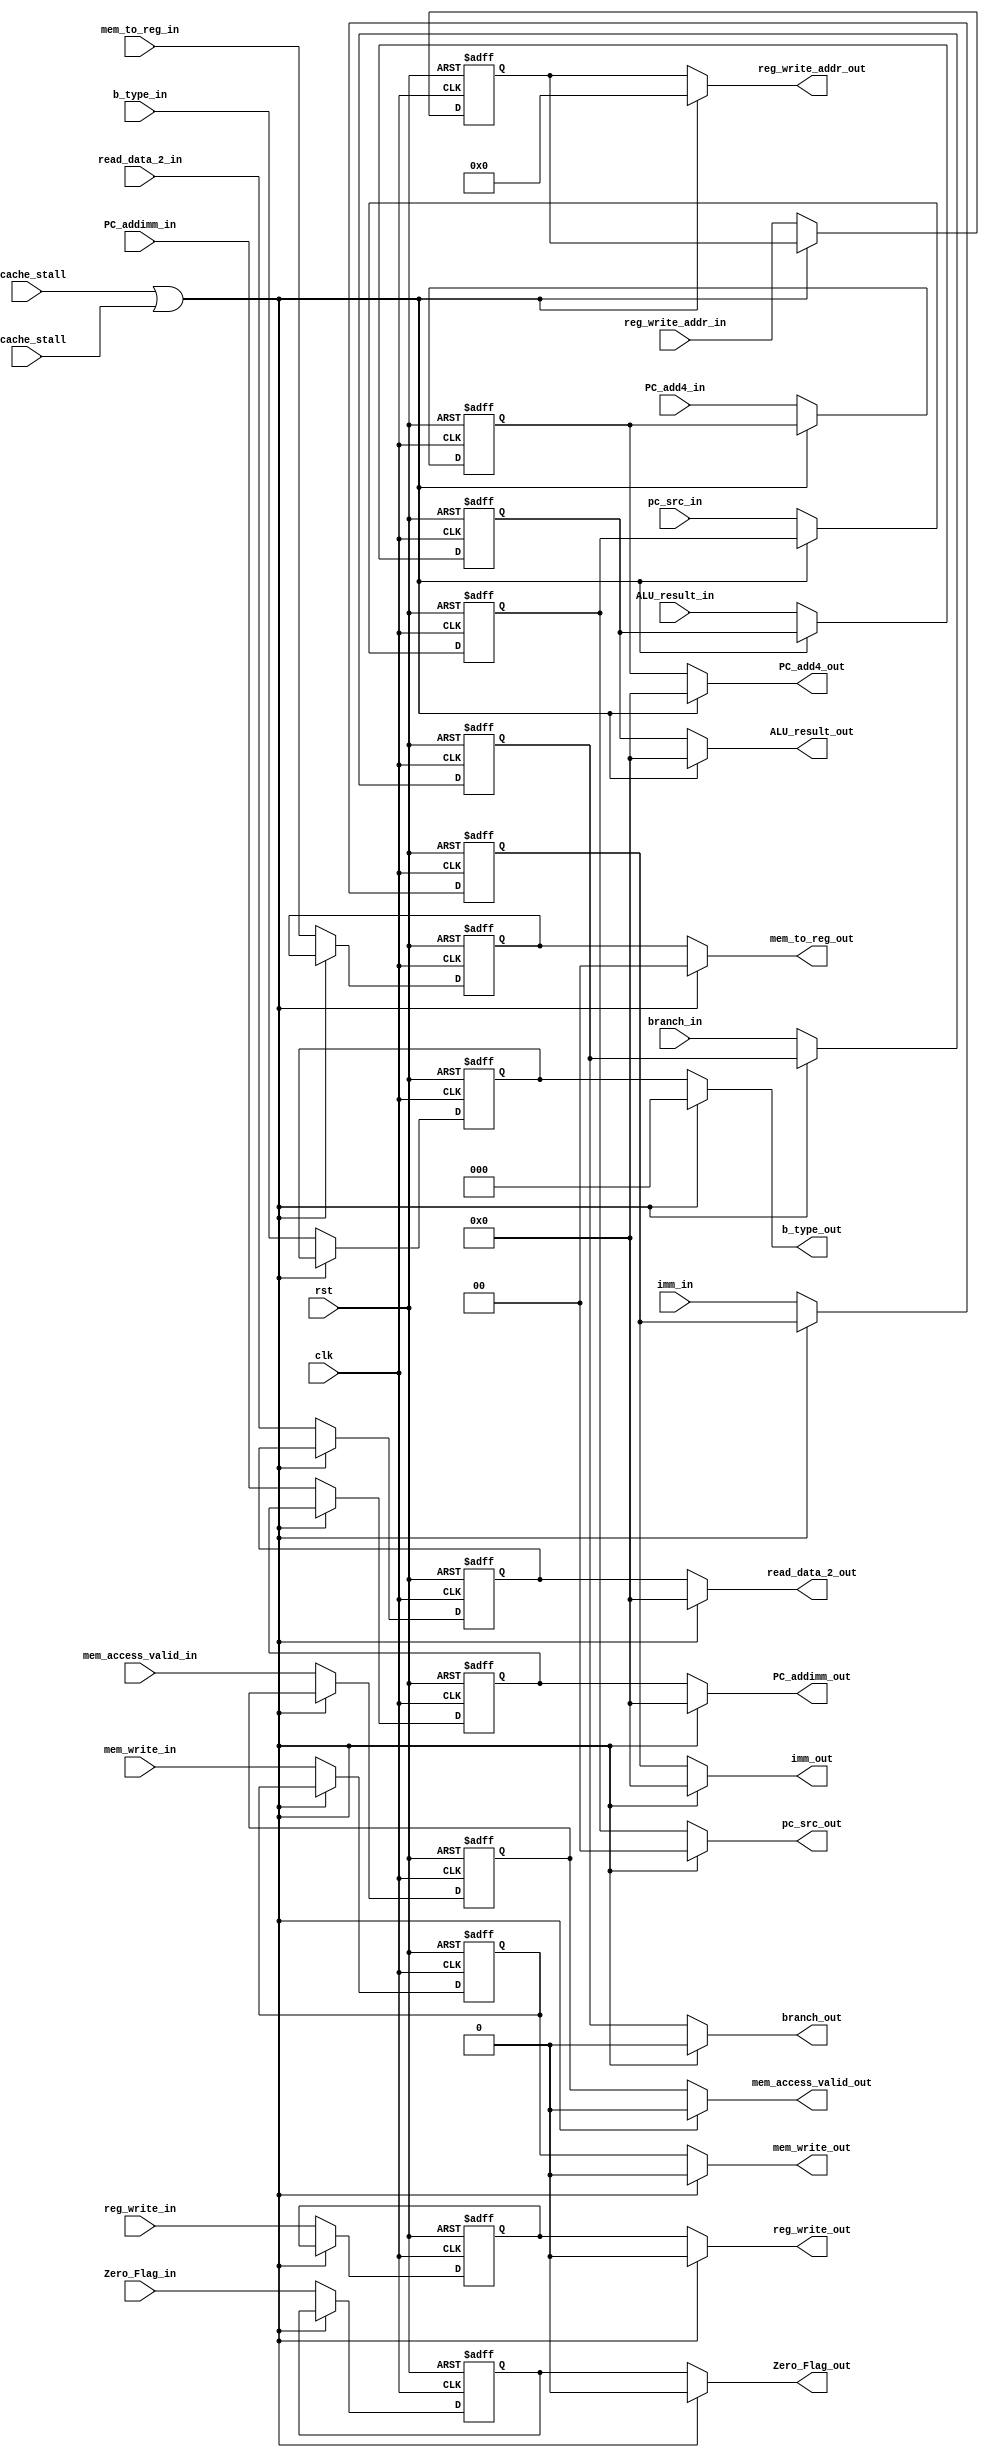
`timescale 1ns / 1ps
//////////////////////////////////////////////////////////////////////////////////
// Company: 
// Engineer: 
// 
// Design Name: 
// Module Name: EX_MEM
// Project Name: 
// Target Devices: 
// Tool Versions: 
// Description: 
// 
// Dependencies: 
// 
// Revision:
// Revision 0.01 - File Created
// Additional Comments:
// 
//////////////////////////////////////////////////////////////////////////////////


module EX_MEM(
input clk,
input rst,
input D_cache_stall,
input I_cache_stall,
input [31:0] ALU_result_in,
input [31:0] read_data_2_in,
input [31:0] PC_addimm_in,
input Zero_Flag_in,
input [1:0] pc_src_in,
input reg_write_in,
input [1:0] mem_to_reg_in,
input mem_write_in,
input branch_in,
input [2:0] b_type_in,
input [31:0] imm_in,
input [4:0] reg_write_addr_in,
input [31:0] PC_add4_in,
input mem_access_valid_in,
output [31:0] ALU_result_out,
output [31:0] read_data_2_out,
output [31:0] PC_addimm_out,
output Zero_Flag_out,
output [1:0] pc_src_out,
output reg_write_out,
output [1:0] mem_to_reg_out,
output mem_write_out,
output branch_out,
output [2:0] b_type_out,
output [31:0] imm_out,
output [4:0] reg_write_addr_out,
output [31:0] PC_add4_out,
output mem_access_valid_out
    );

reg [31:0] ALU_result, read_data_2, PC_addimm, imm, PC_add4;
reg [1:0] pc_src, mem_to_reg;
reg [2:0] b_type;
reg Zero_Flag, reg_write, mem_write, branch, mem_access_valid;
reg [4:0] reg_write_addr;

always @ (posedge clk or posedge rst)
begin
    if(rst)
    begin
        ALU_result <= 32'b0;
        read_data_2 <= 32'b0;
        PC_addimm <= 32'b0;
        pc_src <= 2'b0;
        mem_to_reg <= 2'b0;
        Zero_Flag <= 1'b0;
        reg_write <= 1'b0;
        mem_write <= 1'b0;
        branch <= 1'b0;
        b_type <= 3'b0;
        imm <= 32'b0;
        reg_write_addr <= 5'b0;
        PC_add4 <= 32'b0;
        mem_access_valid <= 1'b0;        
    end
    
    else if(D_cache_stall || I_cache_stall)
    begin
        ALU_result <= ALU_result;
        read_data_2 <= read_data_2;
        PC_addimm <= PC_addimm;
        pc_src <= pc_src;
        mem_to_reg <= mem_to_reg;
        Zero_Flag <= Zero_Flag;
        reg_write <= reg_write;
        mem_write <= mem_write;
        branch <= branch;
        b_type <= b_type;
        imm <= imm;
        reg_write_addr <= reg_write_addr;
        PC_add4 <= PC_add4;
        mem_access_valid <= mem_access_valid;
    end

    else
    begin
        ALU_result <= ALU_result_in;
        read_data_2 <= read_data_2_in;
        PC_addimm <= PC_addimm_in;
        pc_src <= pc_src_in;
        mem_to_reg <= mem_to_reg_in;
        Zero_Flag <= Zero_Flag_in;
        reg_write <= reg_write_in;
        mem_write <= mem_write_in;
        branch <= branch_in;
        b_type <= b_type_in;
        imm <= imm_in;
        reg_write_addr <= reg_write_addr_in;
        PC_add4 <= PC_add4_in;
        mem_access_valid <= mem_access_valid_in;        
    end
end    
    
assign ALU_result_out = (D_cache_stall || I_cache_stall) ? 32'b0 : ALU_result;
assign read_data_2_out = (D_cache_stall || I_cache_stall) ? 32'b0 : read_data_2;
assign PC_addimm_out = (D_cache_stall || I_cache_stall) ? 32'b0 : PC_addimm;
assign pc_src_out = (D_cache_stall || I_cache_stall) ? 2'b0 : pc_src;
assign mem_to_reg_out = (D_cache_stall || I_cache_stall) ? 2'b0 : mem_to_reg;
assign Zero_Flag_out = (D_cache_stall || I_cache_stall) ? 1'b0 : Zero_Flag;
assign reg_write_out = (D_cache_stall || I_cache_stall) ? 1'b0 : reg_write;
assign mem_write_out = (D_cache_stall || I_cache_stall) ? 1'b0 : mem_write;
assign branch_out = (D_cache_stall || I_cache_stall) ? 1'b0 : branch;
assign b_type_out = (D_cache_stall || I_cache_stall) ? 3'b0 : b_type;    
assign imm_out = (D_cache_stall || I_cache_stall) ? 32'b0 : imm;
assign reg_write_addr_out = (D_cache_stall || I_cache_stall) ? 5'b0 : reg_write_addr;
assign PC_add4_out = (D_cache_stall || I_cache_stall) ? 32'b0 : PC_add4;
assign mem_access_valid_out = (D_cache_stall || I_cache_stall) ? 1'b0 : mem_access_valid;

endmodule